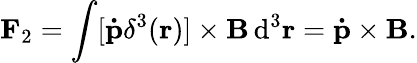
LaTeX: \mathbf F_{2}=\int[\mathbf{\dot{p}}\delta^{3}(\mathbf r)]\times\mathbf B\, \mathrm{d}^{3}\mathbf r=\mathbf{\dot{p}}\times\mathbf B.